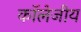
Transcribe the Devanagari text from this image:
कॉलेजीय